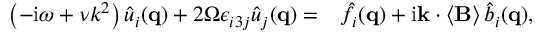
\begin{array} { r l } { \left( - \mathrm { i } \omega + \nu k ^ { 2 } \right) \hat { u } _ { i } ( \mathbf { q } ) + 2 \Omega \epsilon _ { i 3 j } \hat { u } _ { j } ( \mathbf { q } ) = } & { \hat { f } _ { i } ( \mathbf { q } ) + \mathrm { i } \mathbf { k } \cdot \left\langle \mathbf { B } \right\rangle \hat { b } _ { i } ( \mathbf { q } ) , } \end{array}